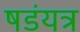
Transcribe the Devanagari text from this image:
षडंयत्र